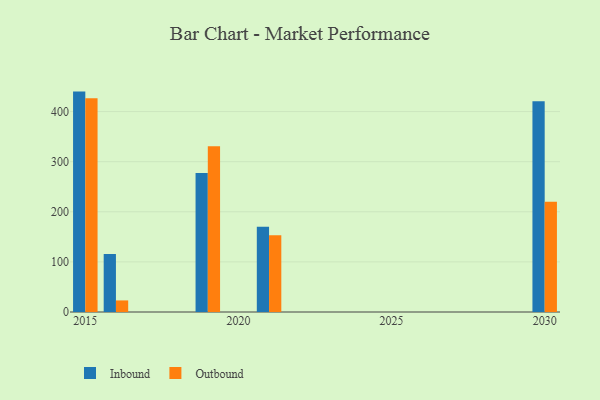
{"axis": {"x": "Year", "y": "Headcount"}, "legend": ["Inbound", "Outbound"], "data": [{"x": "2021", "y": 170.3, "type": "Inbound"}, {"x": "2021", "y": 153.3, "type": "Outbound"}, {"x": "2019", "y": 277.5, "type": "Inbound"}, {"x": "2019", "y": 330.7, "type": "Outbound"}, {"x": "2016", "y": 115.7, "type": "Inbound"}, {"x": "2016", "y": 23.1, "type": "Outbound"}, {"x": "2030", "y": 420.7, "type": "Inbound"}, {"x": "2030", "y": 220.2, "type": "Outbound"}, {"x": "2015", "y": 439.8, "type": "Inbound"}, {"x": "2015", "y": 426.7, "type": "Outbound"}]}